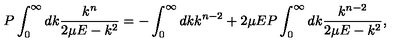
P \int _ { 0 } ^ { \infty } d k \frac { k ^ { n } } { 2 \mu E - k ^ { 2 } } = - \int _ { 0 } ^ { \infty } d k k ^ { n - 2 } + 2 \mu E P \int _ { 0 } ^ { \infty } d k \frac { k ^ { n - 2 } } { 2 \mu E - k ^ { 2 } } ,